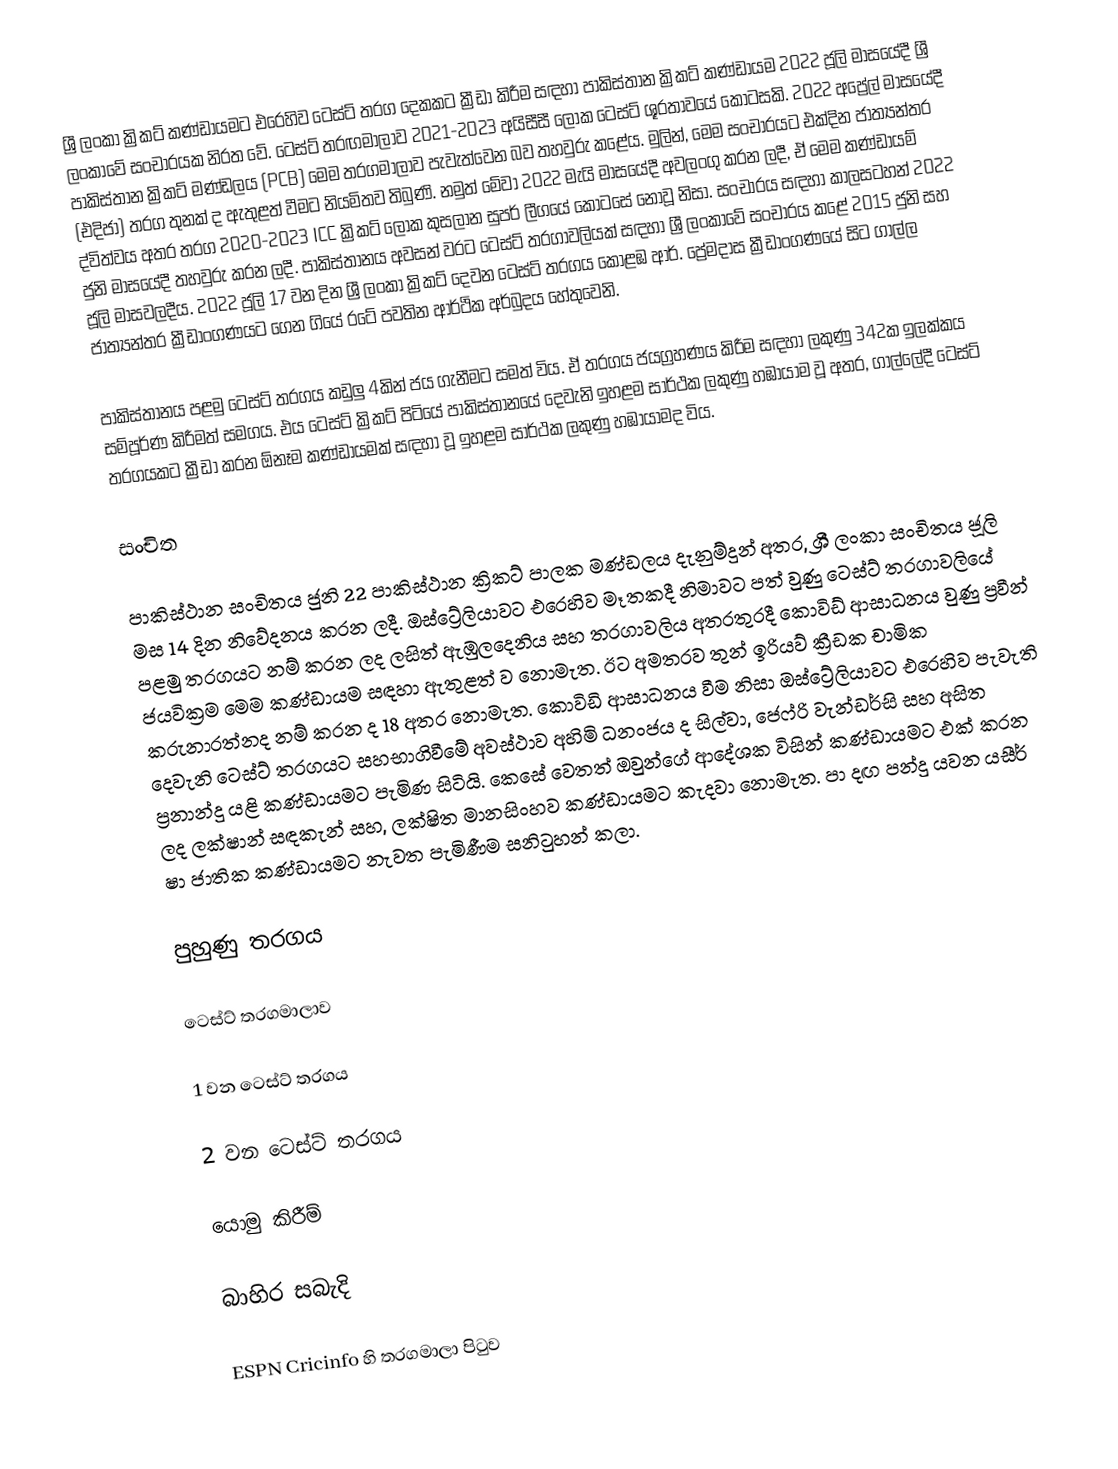
ශ්‍රී ලංකා ක්‍රිකට් කණ්ඩායමට එරෙහිව ටෙස්ට් තරග දෙකකට ක්‍රීඩා කිරීම සඳහා පාකිස්තාන ක්‍රිකට් කණ්ඩායම 2022 ජූලි මාසයේදී ශ්‍රී ලංකාවේ සංචාරයක නිරත වේ. ටෙස්ට් තරඟමාලාව 2021-2023 අයිසීසී ලෝක ටෙස්ට් ශූරතාවයේ කොටසකි. 2022 අප්‍රේල් මාසයේදී පාකිස්තාන ක්‍රිකට් මණ්ඩලය (PCB) මෙම තරගමාලාව පැවැත්වෙන බව තහවුරු කළේය. මුලින්, මෙම සංචාරයට එක්දින ජාත්‍යන්තර (එදිජා) තරග තුනක් ද ඇතුළත් වීමට නියමිතව තිබුණි. නමුත් මේවා 2022 මැයි මාසයේදී අවලංගු කරන ලදී, ඒ මෙම කණ්ඩායම් ද්විත්වය අතර තරග 2020-2023 ICC ක්‍රිකට් ලෝක කුසලාන සුපර් ලීගයේ කොටසේ නොවූ නිසා. සංචාරය සඳහා කාලසටහන් 2022 ජුනි මාසයේදී තහවුරු කරන ලදී. පාකිස්තානය අවසන් වරට ටෙස්ට් තරගාවලියක් සඳහා ශ්‍රී ලංකාවේ සංචාරය කළේ 2015 ජුනි සහ ජූලි මාසවලදීය. 2022 ජූලි 17 වන දින ශ්‍රී ලංකා ක්‍රිකට් දෙවන ටෙස්ට් තරගය කොළඹ ආර්. ප්‍රේමදාස ක්‍රීඩාංගණයේ සිට ගාල්ල ජාත්‍යන්තර ක්‍රීඩාංගණයට ගෙන ගියේ රටේ පවතින ආර්ථික අර්බුදය හේතුවෙනි.

පාකිස්තානය පළමු ටෙස්ට් තරගය කඩුලු 4කින් ජය ගැනීමට සමත් විය. ඒ තරගය ජයග්‍රහණය කිරීම සඳහා ලකුණු 342ක ඉලක්කය සම්පූර්ණ කිරීමත් සමගය. එය ටෙස්ට් ක්‍රිකට් පිටියේ පාකිස්තානයේ දෙවැනි ඉහළම සාර්ථක ලකුණු හඹායාම වූ අතර, ගාල්ලේදී ටෙස්ට් තරගයකට ක්‍රීඩා කරන ඕනෑම කණ්ඩායමක් සඳහා වූ ඉහළම සාර්ථක ලකුණු හඹායාමද විය.

සංචිත

පාකිස්ථාන සංචිතය ජුනි 22 පාකිස්ථාන ක්‍රිකට් පාලක මණ්ඩලය දැනුම්දුන් අතර, ශ්‍රී ලංකා සංචිතය ජූලි මස 14 දින නිවේදනය කරන ලදී. ඔස්ට්‍රේලියාවට එරෙහිව මෑතකදී නිමාවට පත් වුණු ටෙස්ට් තරගාවලියේ පළමු තරගයට නම් කරන ලද ලසිත් ඇඹුලදෙනිය සහ තරගාවලිය අතරතුරදී කොවිඩ් ආසාධනය වුණු ප්‍රවීන් ජයවික්‍රම මෙම කණ්ඩායම සඳහා ඇතුළත් ව නොමැත. ඊට අමතරව තුන් ඉරියව් ක්‍රීඩක චාමික කරුනාරත්නද නම් කරන ද 18 අතර නොමැත. කොවිඩි ආසාධනය වීම නිසා ඔස්ට්‍රේලියාවට එරෙහිව පැවැති දෙවැනි ටෙස්ට් තරගයට සහභාගිවීමේ අවස්ථාව අහිමි ධනංජය ද සිල්වා, ජෙෆ්රි වැන්ඩර්සි සහ අසිත ප්‍රනාන්දු යළි කණ්ඩායමට පැමිණ සිටියි. කෙසේ වෙතත් ඔවුන්ගේ ආදේශක විසින් කණ්ඩායමට එක් කරන ලද ලක්ෂාන් සඳකැන් සහ, ලක්ෂිත මානසිංහව කණ්ඩායමට කැදවා නොමැත. පා දඟ පන්දු යවන යසීර් ෂා ජාතික කණ්ඩායමට නැවත පැමිණීම සනිටුහන් කලා.

පුහුණු තරගය

ටෙස්ට් තරගමාලාව

1 වන ටෙස්ට් තරගය

2 වන ටෙස්ට් තරගය

යොමු කිරීම්

බාහිර සබැදි

 ESPN Cricinfo හි තරගමාලා පිටුව